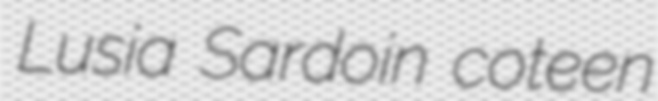
Lusia Sardoin coteen